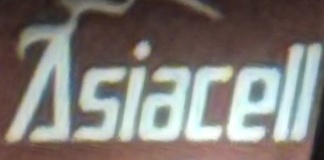
Asiacell